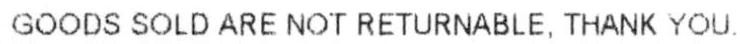
GOODS SOLD ARE NOT RETURNABLE, THANK YOU.